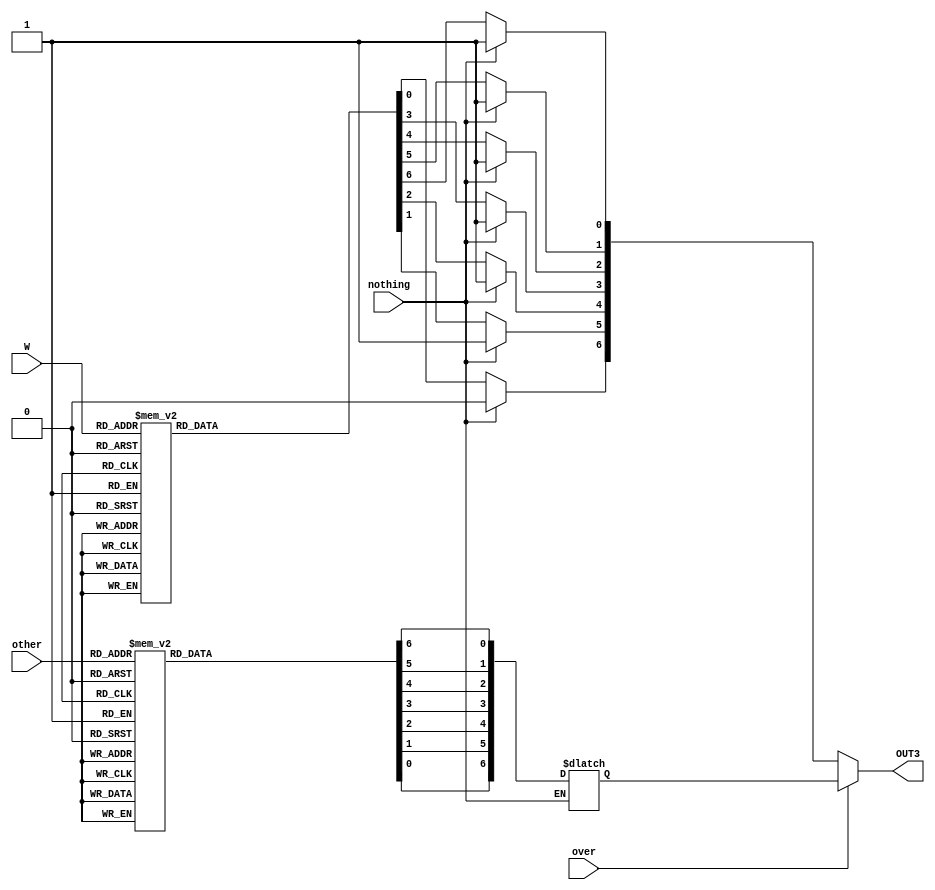

//=======================================================
//  This code is generated by Terasic System Builder
//=======================================================

module seg7(
	output	reg	     [6:0]		OUT3,
	input 	nothing,
	input 	over,
	input 		     [3:0]		W,
	input 	[3:0] other
);

reg [6:0] OUT1, OUT;

always @(*) begin
if(nothing ==1'b1) begin
	OUT[6]=1'b0; OUT[0]=1'b1;OUT[1]=1'b1;OUT[2]=1'b1;OUT[3]=1'b1;OUT[4]=1'b1;OUT[5]=1'b1;
end
else begin
case({W[3],W[2],W[1],W[0]})
	4'b0000:
	begin OUT[6]=1'b1; OUT[5]=1'b0;OUT[4]=1'b0;OUT[3]=1'b0;OUT[2]=1'b0;OUT[1]=1'b0;OUT[0]=1'b0;end
	4'b0001:begin
	OUT[0]=1'b1;OUT[1]=1'b0;OUT[2]=1'b0;OUT[3]=1'b1;OUT[4]=1'b1;OUT[5]=1'b1;OUT[6]=1'b1;end
	4'b0010:begin
	OUT[0]=1'b0;OUT[1]=1'b0;OUT[2]=1'b1;OUT[3]=1'b0;OUT[4]=1'b0;OUT[5]=1'b1;OUT[6]=1'b0;end
	4'b0011:begin
	OUT[0]=1'b0;OUT[1]=1'b0;OUT[2]=1'b0;OUT[3]=1'b0;OUT[4]=1'b1;OUT[5]=1'b1;OUT[6]=1'b0;end
	4'b0100:begin
	OUT[0]=1'b1;OUT[1]=1'b0;OUT[2]=1'b0;OUT[3]=1'b1;OUT[4]=1'b1;OUT[5]=1'b0;OUT[6]=1'b0;end
	4'b0101:begin
	OUT[0]=1'b0;OUT[1]=1'b1;OUT[2]=1'b0;OUT[3]=1'b0;OUT[4]=1'b1;OUT[5]=1'b0;OUT[6]=1'b0;end
	4'b0110:begin
	OUT[0]=1'b0;OUT[1]=1'b1;OUT[2]=1'b0;OUT[3]=1'b0;OUT[4]=1'b0;OUT[5]=1'b0;OUT[6]=1'b0;end
	4'b0111:begin
	OUT[0]=1'b0;OUT[1]=1'b0;OUT[2]=1'b0;OUT[3]=1'b1;OUT[4]=1'b1;OUT[5]=1'b1;OUT[6]=1'b1;end
	4'b1000:begin
	OUT[0]=1'b0;OUT[1]=1'b0;OUT[2]=1'b0;OUT[3]=1'b0;OUT[4]=1'b0;OUT[5]=1'b0;OUT[6]=1'b0;end
	4'b1001:begin
	OUT[0]=1'b0;OUT[1]=1'b0;OUT[2]=1'b0;OUT[3]=1'b0;OUT[4]=1'b1;OUT[5]=1'b0;OUT[6]=1'b0;end
	4'b1010:begin
	OUT[0]=1'b0;OUT[1]=1'b0;OUT[2]=1'b0;OUT[3]=1'b1;OUT[4]=1'b0;OUT[5]=1'b0;OUT[6]=1'b0;end
	4'b1011:begin
	OUT[0]=1'b1;OUT[1]=1'b1;OUT[2]=1'b0;OUT[3]=1'b0;OUT[4]=1'b0;OUT[5]=1'b0;OUT[6]=1'b0;end
	4'b1100:begin
	OUT[0]=1'b0;OUT[1]=1'b1;OUT[2]=1'b1;OUT[3]=1'b0;OUT[4]=1'b0;OUT[5]=1'b0;OUT[6]=1'b1;end
	4'b1101:begin
	OUT[0]=1'b1;OUT[1]=1'b0;OUT[2]=1'b0;OUT[3]=1'b0;OUT[4]=1'b0;OUT[5]=1'b1;OUT[6]=1'b0;end
	4'b1110:begin
	OUT[0]=1'b0;OUT[1]=1'b1;OUT[2]=1'b1;OUT[3]=1'b0;OUT[4]=1'b0;OUT[5]=1'b0;OUT[6]=1'b0;end
	4'b1111:begin
	OUT[0]=1'b0;OUT[1]=1'b1;OUT[2]=1'b1;OUT[3]=1'b1;OUT[4]=1'b0;OUT[5]=1'b0;OUT[6]=1'b0;end
endcase

case({other[3],other[2],other[1],other[0]})
	4'b0000:
	begin OUT1[6]=1'b1; OUT1[5]=1'b0;OUT1[4]=1'b0;OUT1[3]=1'b0;OUT1[2]=1'b0;OUT1[1]=1'b0;OUT1[0]=1'b0;end
	4'b0001:begin
	OUT1[0]=1'b1;OUT1[1]=1'b0;OUT1[2]=1'b0;OUT1[3]=1'b1;OUT1[4]=1'b1;OUT1[5]=1'b1;OUT1[6]=1'b1;end
	4'b0010:begin
	OUT1[0]=1'b0;OUT1[1]=1'b0;OUT1[2]=1'b1;OUT1[3]=1'b0;OUT1[4]=1'b0;OUT1[5]=1'b1;OUT1[6]=1'b0;end
	4'b0011:begin
	OUT1[0]=1'b0;OUT1[1]=1'b0;OUT1[2]=1'b0;OUT1[3]=1'b0;OUT1[4]=1'b1;OUT1[5]=1'b1;OUT1[6]=1'b0;end
	4'b0100:begin
	OUT1[0]=1'b1;OUT1[1]=1'b0;OUT1[2]=1'b0;OUT1[3]=1'b1;OUT1[4]=1'b1;OUT1[5]=1'b0;OUT1[6]=1'b0;end
	4'b0101:begin
	OUT1[0]=1'b0;OUT1[1]=1'b1;OUT1[2]=1'b0;OUT1[3]=1'b0;OUT1[4]=1'b1;OUT1[5]=1'b0;OUT1[6]=1'b0;end
	4'b0110:begin
	OUT1[0]=1'b0;OUT1[1]=1'b1;OUT1[2]=1'b0;OUT1[3]=1'b0;OUT1[4]=1'b0;OUT1[5]=1'b0;OUT1[6]=1'b0;end
	4'b0111:begin
	OUT1[0]=1'b0;OUT1[1]=1'b0;OUT1[2]=1'b0;OUT1[3]=1'b1;OUT1[4]=1'b1;OUT1[5]=1'b1;OUT1[6]=1'b1;end
	4'b1000:begin
	OUT1[0]=1'b0;OUT1[1]=1'b0;OUT1[2]=1'b0;OUT1[3]=1'b0;OUT1[4]=1'b0;OUT1[5]=1'b0;OUT1[6]=1'b0;end
	4'b1001:begin
	OUT1[0]=1'b0;OUT1[1]=1'b0;OUT1[2]=1'b0;OUT1[3]=1'b0;OUT1[4]=1'b1;OUT1[5]=1'b0;OUT1[6]=1'b0;end
	4'b1010:begin
	OUT1[0]=1'b0;OUT1[1]=1'b0;OUT1[2]=1'b0;OUT1[3]=1'b1;OUT1[4]=1'b0;OUT1[5]=1'b0;OUT1[6]=1'b0;end
	4'b1011:begin
	OUT1[0]=1'b1;OUT1[1]=1'b1;OUT1[2]=1'b0;OUT1[3]=1'b0;OUT1[4]=1'b0;OUT1[5]=1'b0;OUT1[6]=1'b0;end
	4'b1100:begin
	OUT1[0]=1'b0;OUT1[1]=1'b1;OUT1[2]=1'b1;OUT1[3]=1'b0;OUT1[4]=1'b0;OUT1[5]=1'b0;OUT1[6]=1'b1;end
	4'b1101:begin
	OUT1[0]=1'b1;OUT1[1]=1'b0;OUT1[2]=1'b0;OUT1[3]=1'b0;OUT1[4]=1'b0;OUT1[5]=1'b1;OUT1[6]=1'b0;end
	4'b1110:begin
	OUT1[0]=1'b0;OUT1[1]=1'b1;OUT1[2]=1'b1;OUT1[3]=1'b0;OUT1[4]=1'b0;OUT1[5]=1'b0;OUT1[6]=1'b0;end
	4'b1111:begin
	OUT1[0]=1'b0;OUT1[1]=1'b1;OUT1[2]=1'b1;OUT1[3]=1'b1;OUT1[4]=1'b0;OUT1[5]=1'b0;OUT1[6]=1'b0;end
endcase
end
//	if(over==1'b1) begin
		//OUT[0]=1'b0;OUT[1]=1'b0;OUT[2]=1'b0;OUT[3]=1'b0;OUT[4]=1'b0;OUT[5]=1'b0;OUT[6]=1'b0;
//end
end
//assign HEX0=OUT;
always @(*)begin
	if(over==1'b1)begin
		OUT3=OUT1;
	end
	else 
	OUT3=OUT;
end

endmodule